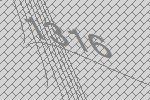
1316